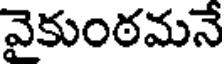
వైకుంఠమనే